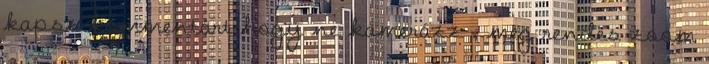
kapsz kommentárt hogy ne kamerázz , meg rendes zoom